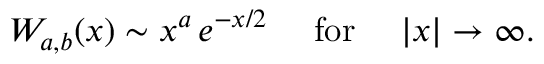
W _ { a , b } ( x ) \sim x ^ { a } \, e ^ { - x / 2 } ~ ~ ~ ~ \mathrm { f o r } ~ ~ ~ ~ | x | \rightarrow \infty .